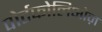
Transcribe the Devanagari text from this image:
पोर्टफोलिओज़